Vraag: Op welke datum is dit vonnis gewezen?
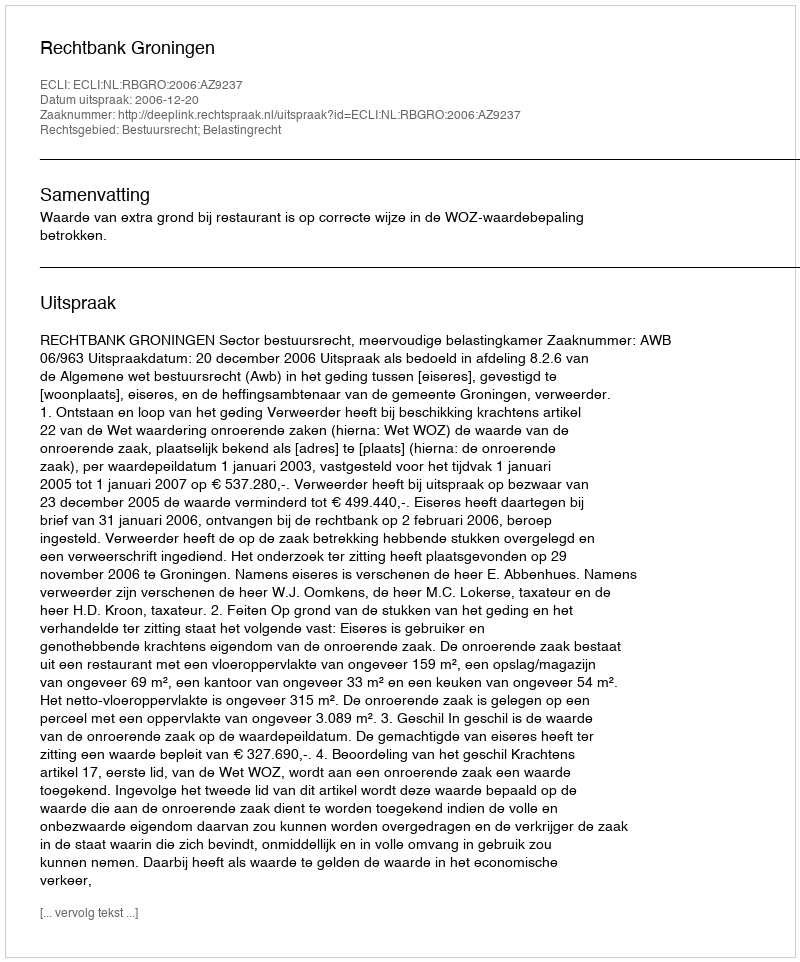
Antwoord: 2006-12-20